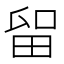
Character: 𱰴